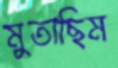
মুতাছিম